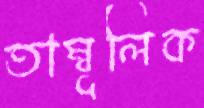
তাম্বূলিক